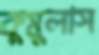
কুমুলাস